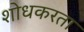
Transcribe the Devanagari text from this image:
शोधकरता